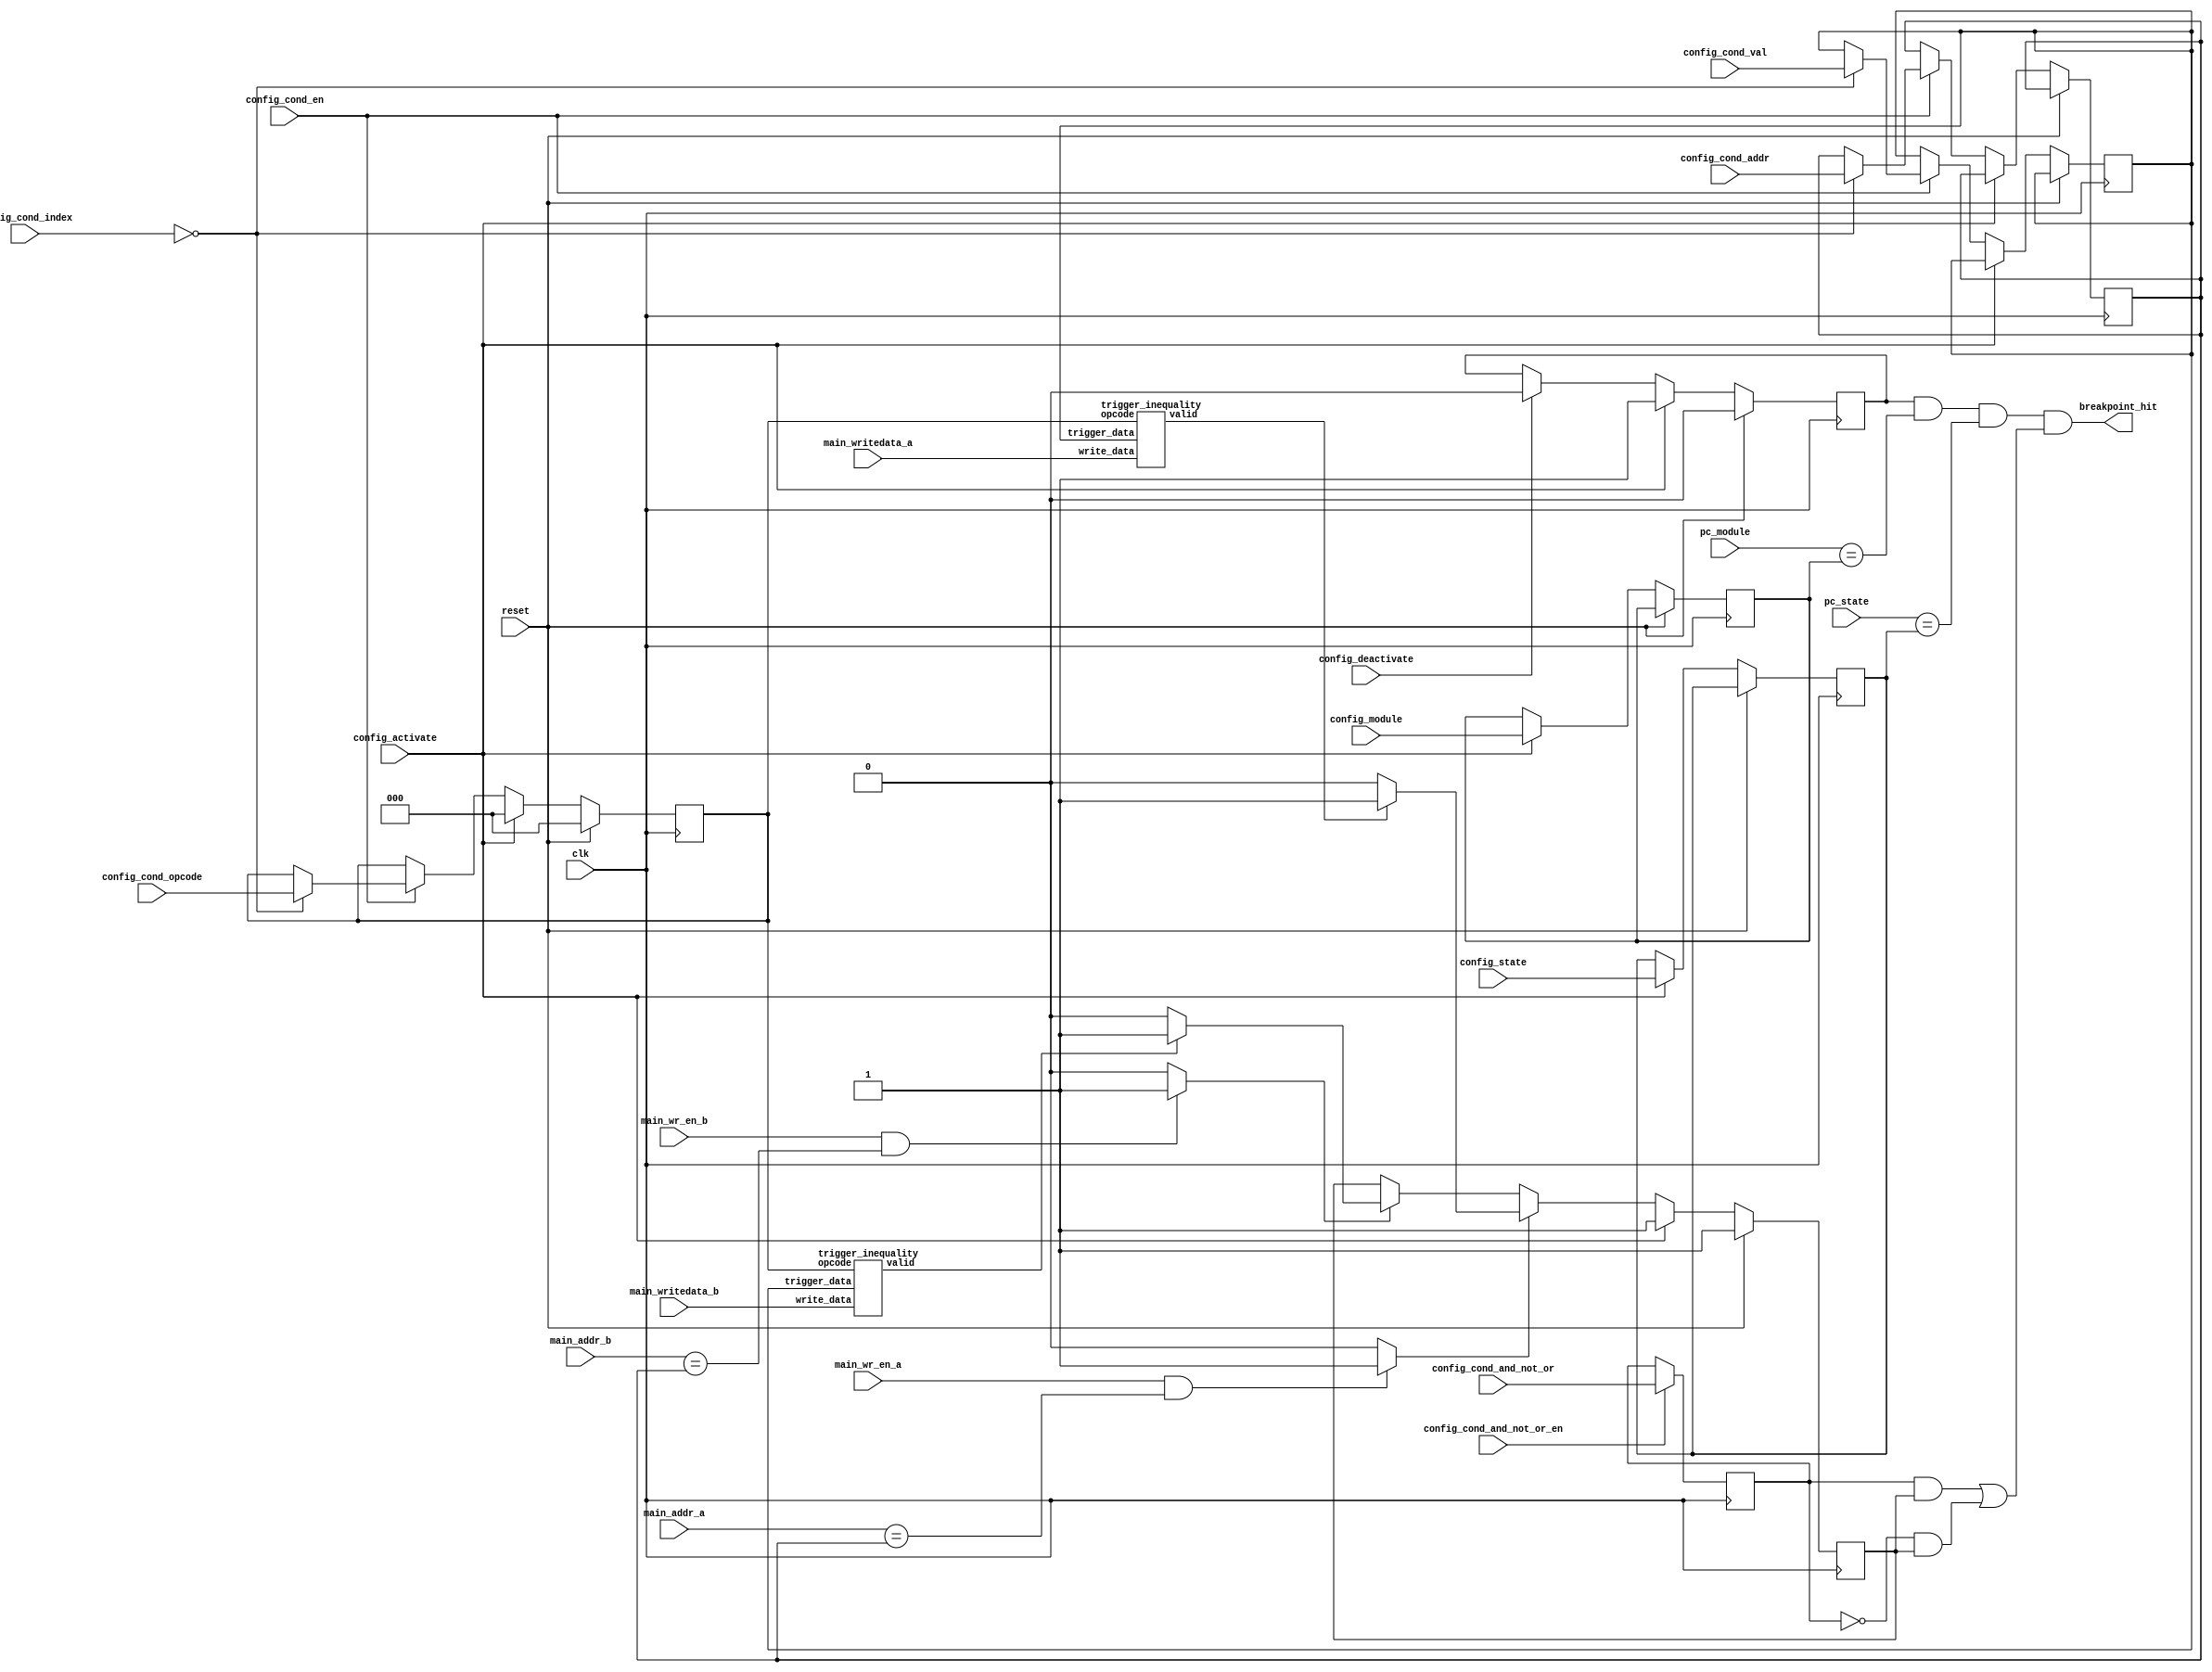
module trigger (

	clk,
	reset,
	
	config_activate,
	config_deactivate,
	
	config_module,
	config_state,

	config_cond_en,
	config_cond_addr,
	config_cond_val,
	config_cond_opcode,
	config_cond_index,
	
	config_cond_and_not_or_en,
	config_cond_and_not_or,

	pc_module,
	pc_state,
	
	main_wr_en_a,
	main_addr_a,
	main_writedata_a,
	
	main_wr_en_b,
	main_addr_b,
	main_writedata_b,
	
	breakpoint_hit
);

    function integer log2;
        input [31:0] value;
        if (value < 0) begin
           log2 = 0;
        end else begin
            for (log2=0; value>0; log2=log2+1)
            value = value>>1;
        end
    endfunction


	parameter MEMORY_CONTROLLER_ADDR_SIZE = 32;
	parameter MEMORY_CONTROLLER_DATA_SIZE = 64;
	parameter PC_MODULE_BITS = 16;
	parameter PC_STATE_BITS = 16;
	parameter NUM_CONDITIONS = 1;
	
	localparam INDEX_BITS = log2(NUM_CONDITIONS-1);
	
	input clk;
	input reset;
	
	input config_activate;
	input config_deactivate;
	
	input [PC_MODULE_BITS-1:0] config_module;
	input [PC_STATE_BITS-1:0] config_state;
	
	input config_cond_en;
	input [MEMORY_CONTROLLER_ADDR_SIZE-1:0] config_cond_addr;
	input [MEMORY_CONTROLLER_DATA_SIZE-1:0] config_cond_val;
	input [2:0] config_cond_opcode;
	input [INDEX_BITS-1:0] config_cond_index;
	
	input config_cond_and_not_or_en;
	input config_cond_and_not_or;
	
	input [PC_MODULE_BITS-1:0] pc_module;
	input [PC_STATE_BITS-1:0] pc_state;
	
	input main_wr_en_a;
	input [MEMORY_CONTROLLER_ADDR_SIZE-1:0] main_addr_a;
	input [MEMORY_CONTROLLER_DATA_SIZE-1:0] main_writedata_a;
	
	input main_wr_en_b;
	input [MEMORY_CONTROLLER_ADDR_SIZE-1:0] main_addr_b;
	input [MEMORY_CONTROLLER_DATA_SIZE-1:0] main_writedata_b;
	
	output breakpoint_hit;
	
	/* Regs */    
	reg active;
	reg [PC_MODULE_BITS-1:0] trigger_module;
	reg [PC_STATE_BITS-1:0] trigger_state;
	reg [MEMORY_CONTROLLER_ADDR_SIZE-1:0] trigger_addr [NUM_CONDITIONS-1:0];
	reg [MEMORY_CONTROLLER_DATA_SIZE-1:0] trigger_val [NUM_CONDITIONS-1:0];
	reg [2:0] trigger_opcode [NUM_CONDITIONS-1:0];
	reg trigger_and_not_or;
	
	reg [NUM_CONDITIONS-1:0] satisfied ;
	reg addr_hit_a [NUM_CONDITIONS-1:0];
	reg addr_hit_b [NUM_CONDITIONS-1:0];
	wire [NUM_CONDITIONS-1:0]inequality_satisfied_a ;
	wire  [NUM_CONDITIONS-1:0]inequality_satisfied_b;
	
	/* Wires */
	wire conditions_met_and;
	wire conditions_met_or;
	
        
	/* Activate/Deactivate */
	always @ (posedge clk) begin
		if (reset) begin
			active <= 1'b0;
		end else if (config_activate) begin
			active <= 1'b1;
            trigger_module <= config_module;
			trigger_state <= config_state;
        end	else if (config_deactivate) begin
			active <= 1'b0;
        end
	end	
	
	/* Conditions and/or */
	always @ (posedge clk) begin
		if (config_cond_and_not_or_en)
			trigger_and_not_or <= config_cond_and_not_or;			
	end
	
	/* Conditions */
	genvar i;
	generate
		for (i = 0; i < NUM_CONDITIONS; i=i+1) begin : TRIGGER_CONFIG
		
			// Condition configure
			always @ (posedge clk) begin
				if (reset) begin
					trigger_opcode[i] <= 3'b0;
				end
				else if (config_activate) begin
					trigger_opcode[i] <= 3'b0;
				end
				else if (config_cond_en)  begin
					if (config_cond_index == i) begin
						trigger_addr[i] <= config_cond_addr;
						trigger_val[i] <= config_cond_val;
						trigger_opcode[i] <= config_cond_opcode;
					end
				end
			end
			
			// Addr Hit
			always @ (*) begin
				if (main_wr_en_a == 1'b1 && main_addr_a == trigger_addr[i])
					addr_hit_a[i] <= 1'b1;
				else
					addr_hit_a[i] <= 1'b0;
					
				if (main_wr_en_b == 1'b1 && main_addr_b == trigger_addr[i])
					addr_hit_b[i] <= 1'b1;
				else
					addr_hit_b[i] <= 1'b0;
			end
			
			// Inequality
			trigger_inequality trigger_ineq_a(
				.trigger_data(trigger_val[i]),
				.write_data(main_writedata_a),
				.opcode(trigger_opcode[i]),
				.valid(inequality_satisfied_a[i])
			);
			
			trigger_inequality trigger_ineq_b(
				.trigger_data(trigger_val[i]),
				.write_data(main_writedata_b),
				.opcode(trigger_opcode[i]),
				.valid(inequality_satisfied_b[i])
			);
			
			// Condition Satisfied
			always @ (posedge clk) begin
				if (reset) 
					satisfied[i] <= 1'b1;
				else 	
					if (config_activate) begin
						satisfied[i] <= 1'b1;
					end
					else if (addr_hit_a[i]) 
						if (inequality_satisfied_a[i]) 
							satisfied[i] <= 1'b1;
						else
							satisfied[i] <= 1'b0;
					else if (addr_hit_b[i])
						if (inequality_satisfied_b[i])
							satisfied[i] <= 1'b1;
						else
							satisfied[i] <= 1'b0;
				
			end
		end
	endgenerate
	
	/* Breakpoint_hit */
	generate 
		if (NUM_CONDITIONS > 0) begin
			assign conditions_met_and = &satisfied;
			assign conditions_met_or = |satisfied;
			assign breakpoint_hit = active && 
				(pc_module == trigger_module) &&
				(pc_state == trigger_state) && 
				((trigger_and_not_or == 1'b1 && conditions_met_and) || (trigger_and_not_or == 1'b0 && conditions_met_or));
		end else begin
			assign breakpoint_hit = active && (pc_module == trigger_module) && (pc_state == trigger_state);
		end
	endgenerate
	
endmodule

module trigger_inequality(
	trigger_data,
	write_data,
	opcode,
	valid
);

	parameter DATA_WIDTH = 64;

	input [DATA_WIDTH-1:0] trigger_data;
	input [DATA_WIDTH-1:0] write_data;
	input [2:0] opcode;

	output reg valid;

	always @ (*) begin
		case (opcode)
			0: 
				valid = 1'b1;
			1:
				valid = (write_data == trigger_data);
			2:
				valid = (write_data != trigger_data);
			3:
				valid = (write_data >= trigger_data);
			4:
				valid = (write_data > trigger_data);
			5:
				valid = (write_data <= trigger_data);
			6:
				valid = (write_data < trigger_data);
			default:
				valid = 1'b0;
		endcase
	end

endmodule